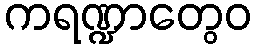
ကရဏ္ဍာတွေဝ